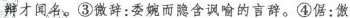
辩才闻名。③微辞：委婉而隐含讽喻的言辞。④倨：傲